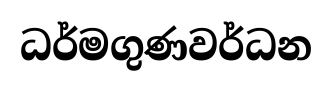
ධර්මගුණවර්ධන